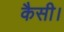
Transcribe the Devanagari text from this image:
कैसी।